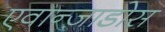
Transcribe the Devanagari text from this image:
एवान्ज़ाडोस